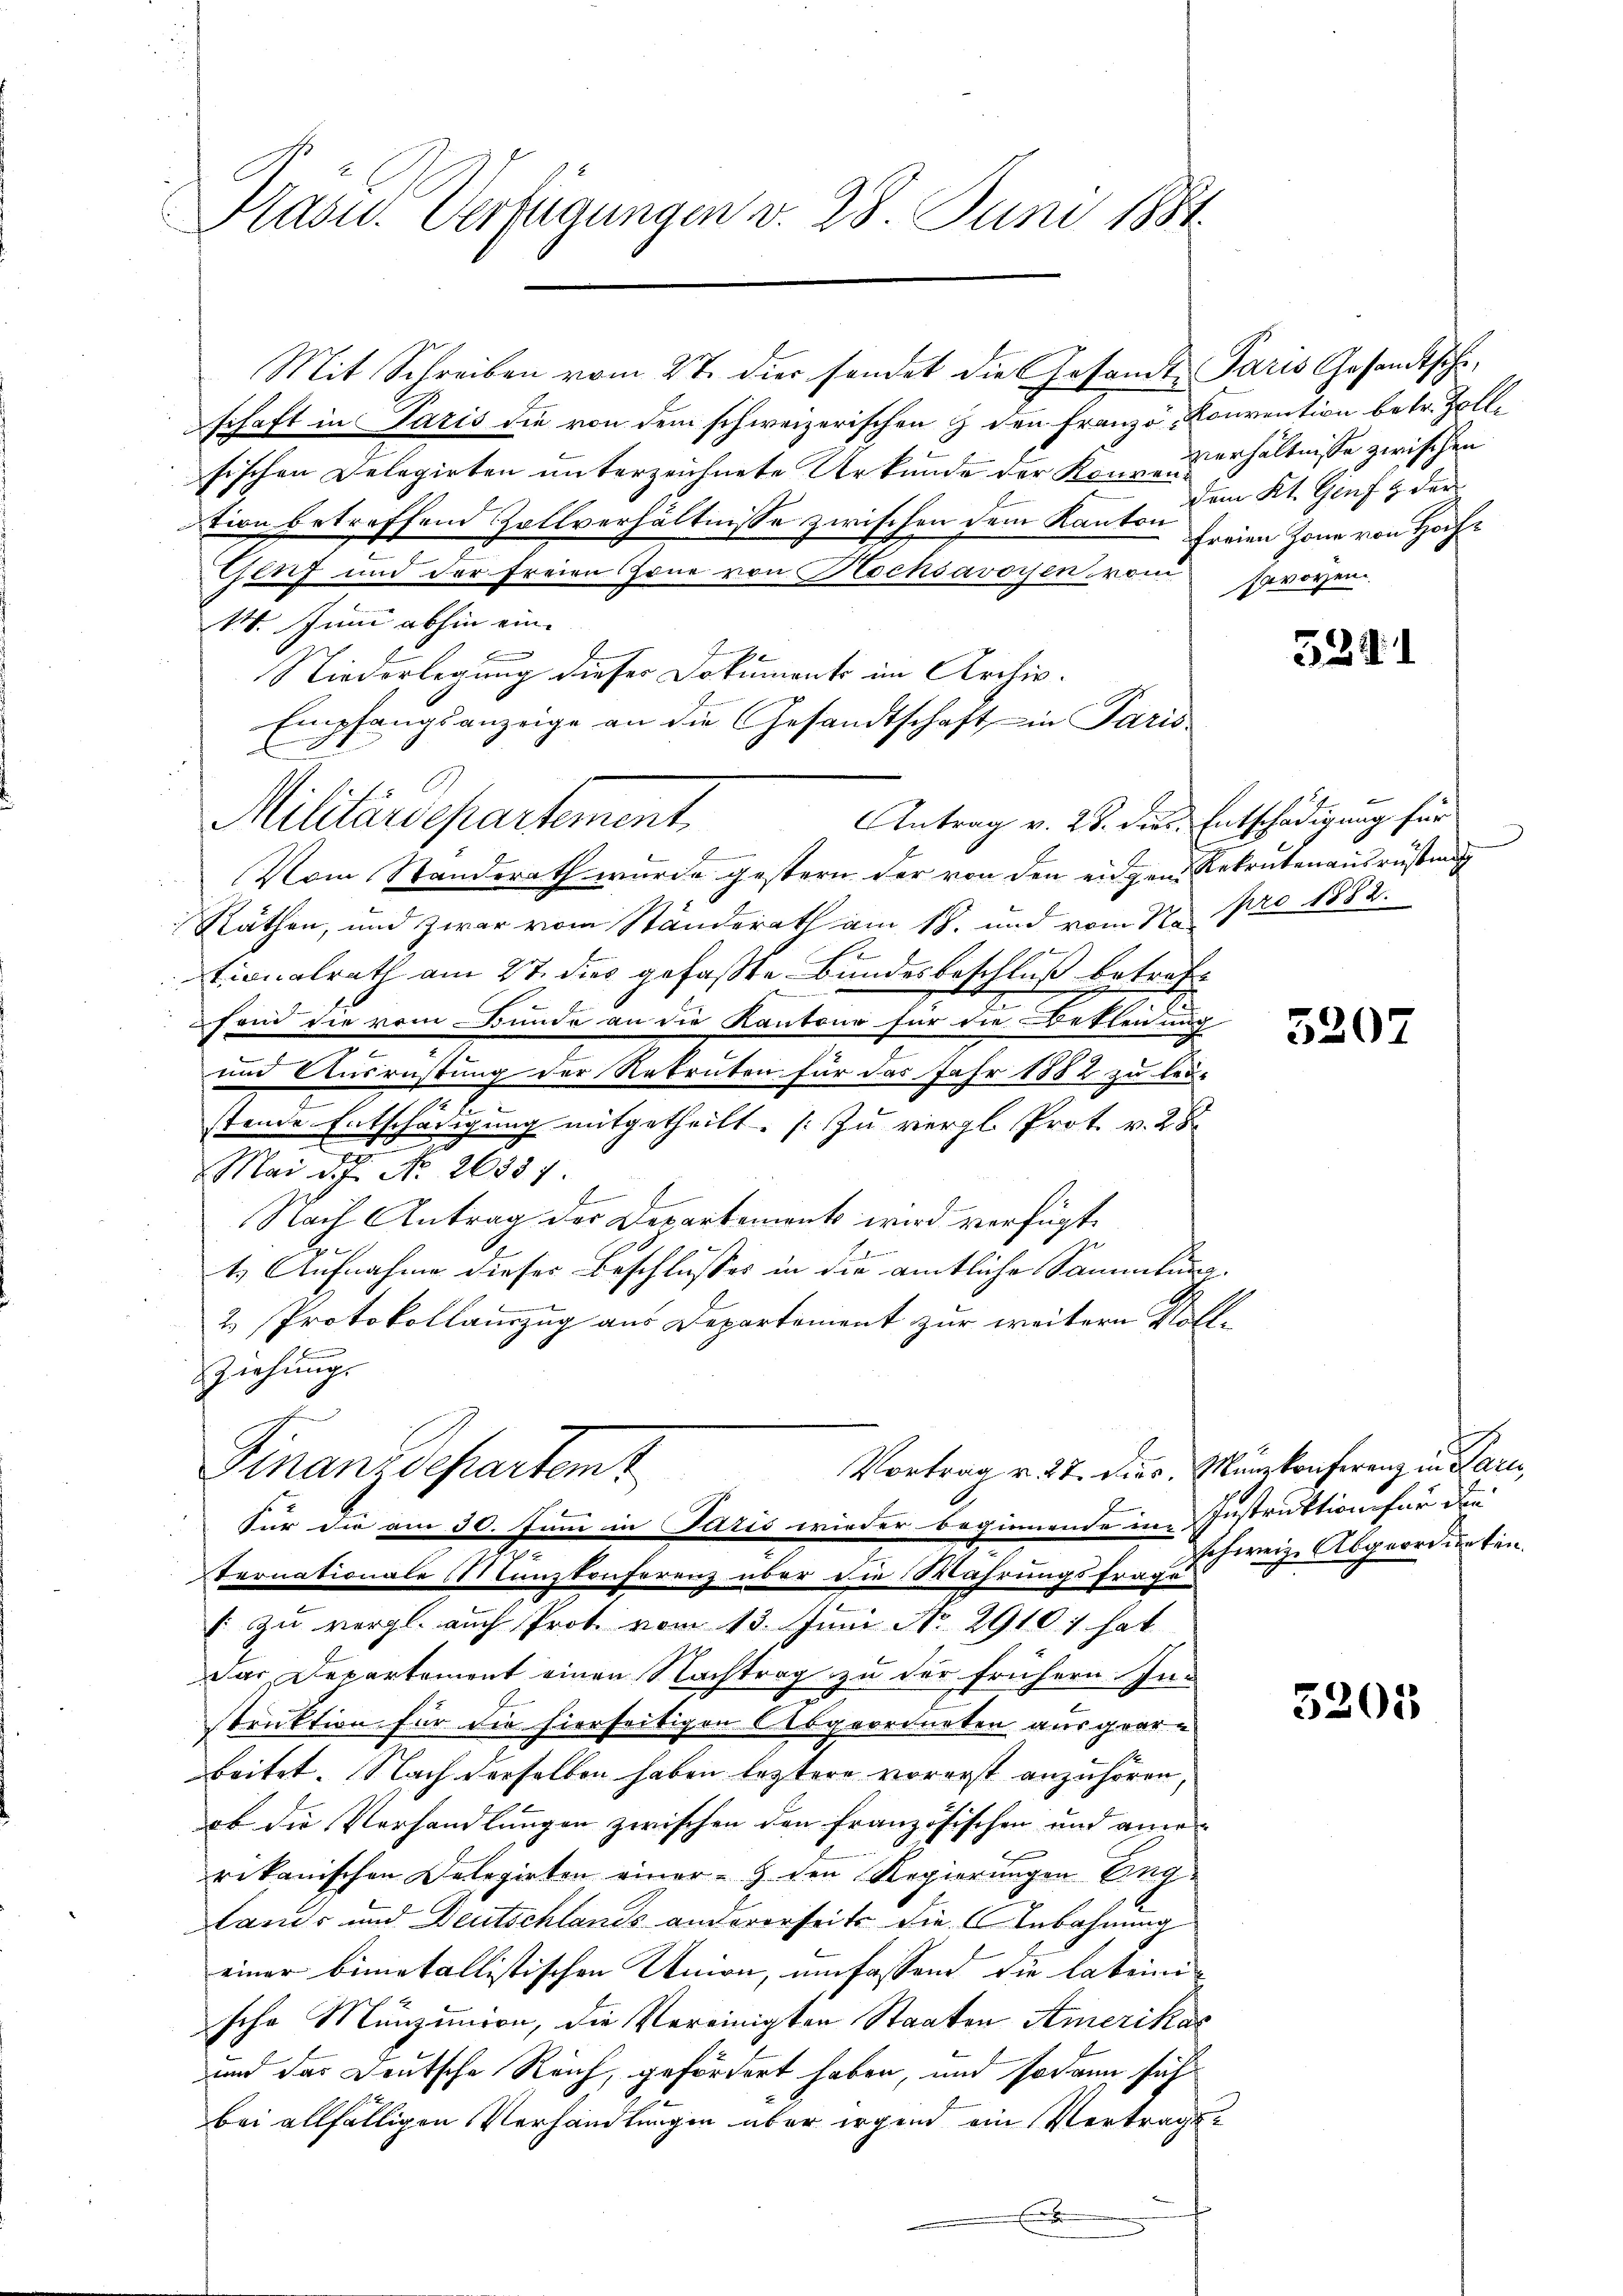
Präsu. Verfügungen v. 28. Juni 1881

Mit Schreiben vom 27. die sondet die Gesamt Paris Gesandtscheschaft in Paris die von dem schweizerischen & den Franzö-Konvention betr. Zollsischen Delegirten ŭnterzeichnete Urkunde der Könne verhältnisse zwischen
tion betreffend Zollverhältnisse zwischen dem Kanton freien Zone von Hoch¬
Genf und der freien Zone von Rocksavoisen vom Savoyen.
14. Juni abhin eine
Niederlegung dieser Dokuments im Archiv¬
Empfangsanzeige an die Gesandtschaft in Paris
F
Antrag v. 28. dies Entschädigung für
e
Vom Standerath wurde gestern der von den eigen Rekrutenausrüstung
Räthen, und zwar vom Standerath am 18. und vom 27. pro 1882.
tionalrath am 27. dies gefaßte Bundesbeschluß betraft
send sie vom Bunde an die Kantone für die Beflenung
und Ausrüstung der Rekruten für das Jahr 1882 zu lei-
2
s
.
stende Entschädigung mitgetheilt. [zu vergl. Prot. v. 28
Mai d. 7. No 26387.
f
Nach Antrag der Departement wird verfügt
1. Aufnahme dieses Beschlusses in die amtliche Sammlung.
2 Protokollauszug aus Departement zur weitern Vollsziehungs
Vortrag v. 27. dies, Münzkonferenz in Pari
Finanzdepartem t
Für die am 30. Juni in Paris wieder beginnende in Instruktion für die
Teonationale Münzkonferenz über die Währungsfrage
+ zu vergl. auch Prot vom 13. Juni No. 29107 hat
Das Departement einen Nachtrag zu der frühern fa-
struktion für die hierseitigen Abgeordneten ausgearbeitet. Nach derselben haben leztere vorerst anzuhören,
ob die Verhandlungen zwischen den französischen und ane
rikanischen Delegirten einer - 9. den Regierungen Eng¬
Lands und Deutschlands andererseits die Anbahnung
einer bimetallistischen Union, umfassend die lateinische Münzimion, die Vereinigten Staaten Amerikar
und das Deutsche Reich, gefördert haben, und sodann sich
bei allfälligen Verhandlungen über irgend ein Vertrags¬
E

Militärdepartement,

dem Kt. Genf & der

schweige Abgeordneten.

5341

5207

5205